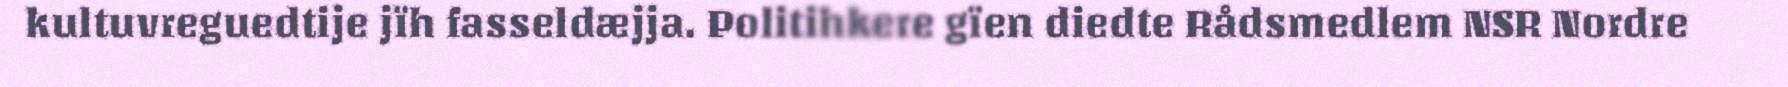
kultuvreguedtije jïh fasseldæjja. Politihkere gïen diedte Rådsmedlem NSR Nordre